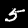
Label: 5